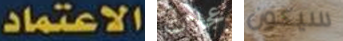
الاعتماد عجلات سيكون